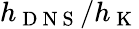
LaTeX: h_{\mathrm{~D~N~S~}}/h_{\mathrm{~K~}}